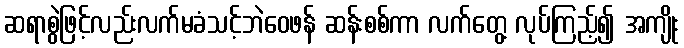
ဆရာစွဲဖြင့်လည်းလက်မခံသင့်ဘဲဝေဖန် ဆန်းစစ်ကာ လက်တွေ့ လုပ်ကြည့်၍ အကျိုး